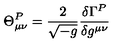
\Theta _ { \mu \nu } ^ { P } = \frac { 2 } { \sqrt { - g } } \frac { \delta \Gamma ^ { P } } { \delta g ^ { \mu \nu } }